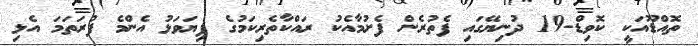
ތޮއްޑޫއަކީ ކޮވިޑް-19 ދުނިޔޭގައި ފެތުރެން ފެށުމާއެކު ރައްކާތެރިކަމުގެ ފިޔަވަޅު އެންމެ ފުރަތަމަ އެޅި